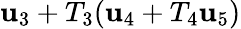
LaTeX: \mathbf{u}_{3}+T_{3}(\mathbf{u}_{4}+T_{4}\mathbf{u}_{5})